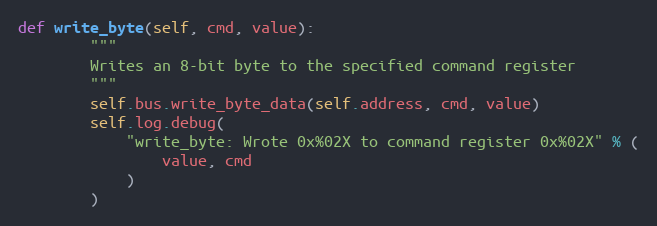
Language: Python
def write_byte(self, cmd, value):
        """
        Writes an 8-bit byte to the specified command register
        """
        self.bus.write_byte_data(self.address, cmd, value)
        self.log.debug(
            "write_byte: Wrote 0x%02X to command register 0x%02X" % (
                value, cmd
            )
        )